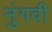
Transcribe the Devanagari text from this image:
नुंगवी